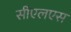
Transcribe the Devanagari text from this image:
सीएलएस